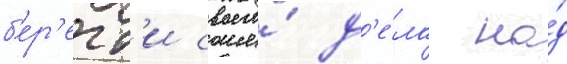
б'ер'егт'и своего́ д'е́ла на́д